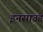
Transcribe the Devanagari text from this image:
इनसाउंड